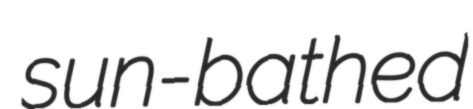
sun-bathed